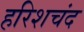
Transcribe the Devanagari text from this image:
हरिशचंद